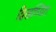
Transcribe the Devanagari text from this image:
द्विखण्डित